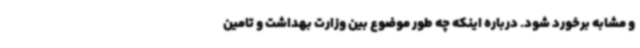
و مشابه برخورد شود. درباره اینکه چه طور موضوع بین وزارت بهداشت و تامین